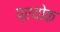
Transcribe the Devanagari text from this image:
प्रयोक